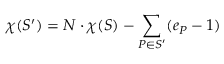
\chi ( S ^ { \prime } ) = N \cdot \chi ( S ) - \sum _ { P \in S ^ { \prime } } ( e _ { P } - 1 )